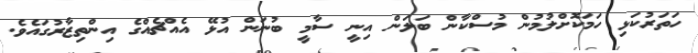
ހަތަރުކަޅި ހަމަކޮށްލުމުން މުސްކާން ބަލަން އިނީ ސާމީ ބުނަން އުޅޭ އެއްޗެއްގެ އިންތިޒާރުގައެވެ.